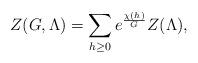
LaTeX: \begin{align*} Z(G,\Lambda) = \sum_{h\geq 0} e^{\frac{\chi(h)}{G}} Z(\Lambda),\end{align*}